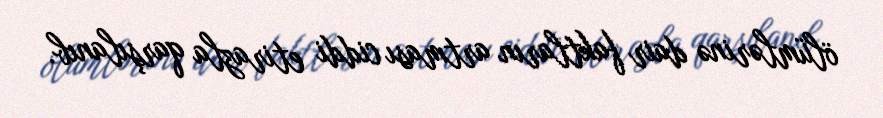
ölümlərinə dair faktların artması ciddi etirazla qarşılanıb.